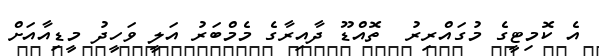
އެ ކޮމިޓީގެ މުގައްރިރު  ތޮއްޑޫ ދާއިރާގެ މެމްބަރު އަލީ ވަހީދު މީޑިއާއަށް